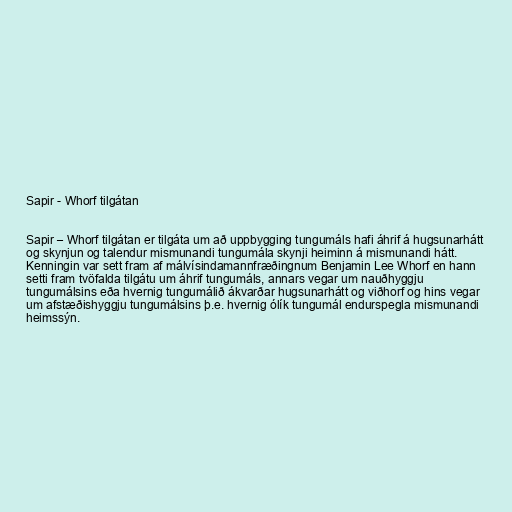
Sapir - Whorf tilgátan

Sapir – Whorf tilgátan er tilgáta um að uppbygging tungumáls hafi áhrif á hugsunarhátt
og skynjun og talendur mismunandi tungumála skynji heiminn á mismunandi hátt.
Kenningin var sett fram af málvísindamannfræðingnum Benjamin Lee Whorf en hann
setti fram tvöfalda tilgátu um áhrif tungumáls, annars vegar um nauðhyggju
tungumálsins eða hvernig tungumálið ákvarðar hugsunarhátt og viðhorf og hins vegar
um afstæðishyggju tungumálsins þ.e. hvernig ólík tungumál endurspegla mismunandi
heimssýn.